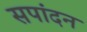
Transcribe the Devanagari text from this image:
सपांदन